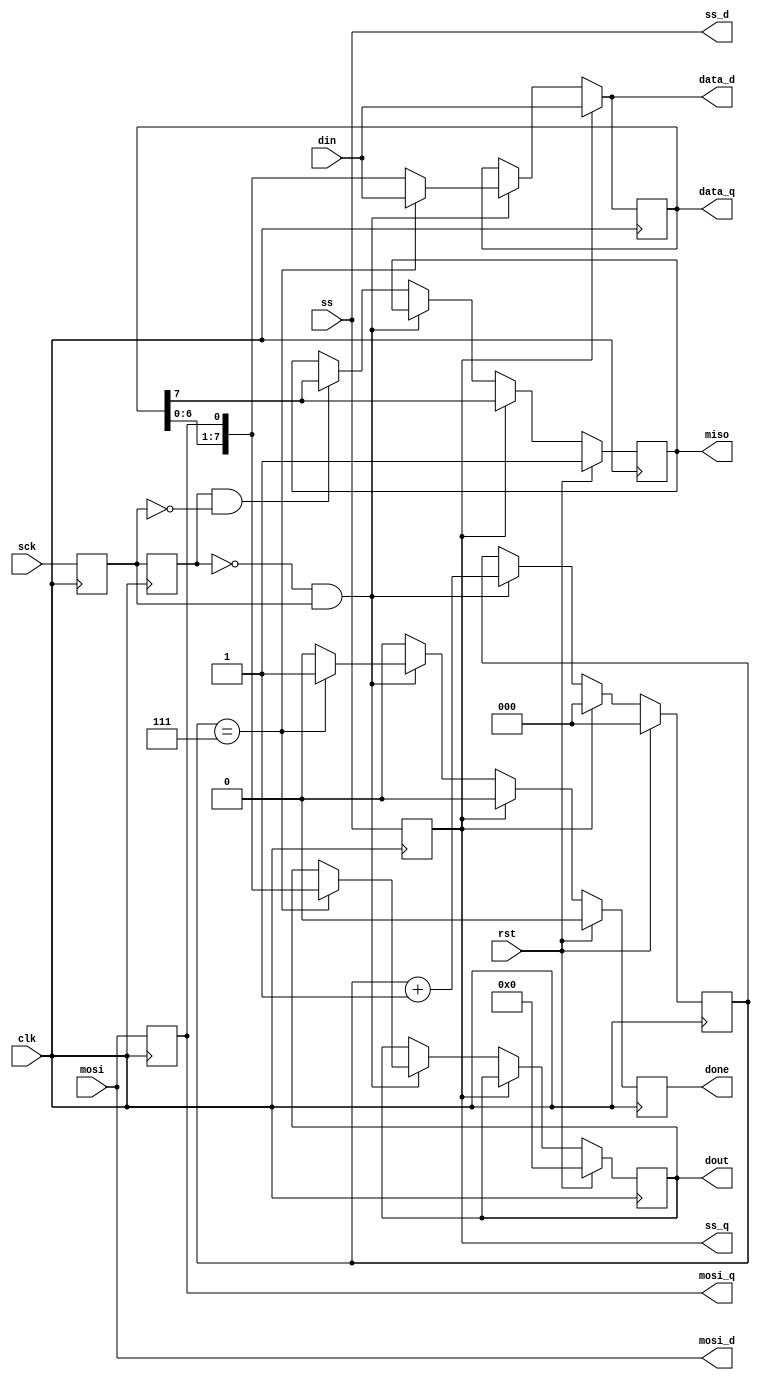
// data in gets stored in dout after 8 bits get passed through mosi

module spiSlave(
    input clk,
    input rst,
    input ss,
    input mosi,
    output miso,
    input sck,
    output done,
    input [7:0] din,
    output [7:0] dout,
    output reg mosi_d, mosi_q,
    output reg [7:0] data_d, data_q,
    output reg ss_d, ss_q
    );

reg sck_d, sck_q;
reg sck_old_d, sck_old_q;

reg done_d, done_q;
reg [2:0] bit_ct_d, bit_ct_q;
reg [7:0] dout_d, dout_q;
reg miso_d, miso_q;

assign miso = miso_q;
assign done = done_q;
assign dout = dout_q;

always @(*) begin
    ss_d = ss;
    mosi_d = mosi;
    miso_d = miso_q;
    sck_d = sck;
    sck_old_d = sck_q;
    data_d = data_q;
    done_d = 1'b0;
    bit_ct_d = bit_ct_q;
    dout_d = dout_q;

    if (ss_q) begin                             //if slave select is high (deselected)
        bit_ct_d = 3'b0;                        // reset bit counter
        data_d = din;                           //read in data
        miso_d = data_q[7];                     //output MSB
    end else begin                              //else slave select is low (selected)
        if (!sck_old_q && sck_q) begin          // rising edge
            data_d = {data_q[6:0], mosi_q};     //read data in and shift
            bit_ct_d = bit_ct_q + 1'b1;         //increment the bit counter
            if (bit_ct_q == 3'b111) begin       //if we are the last bit
                dout_d = {data_q[6:0], mosi_q}; //output the byte
                done_d = 1'b1;                  //set transfer done flag
                data_d = din;                   //read in new byte
            end
        end else if (sck_old_q && !sck_q) begin // falling edge
            miso_d = data_q[7];                 // output MSB
        end
    end
end

always @(posedge clk) begin
    if (rst) begin
        done_q <= 1'b0;
        bit_ct_q <= 3'b0;
        dout_q <= 8'b0;
        miso_q <= 1'b1;
    end else begin
        done_q <= done_d;
        bit_ct_q <= bit_ct_d;
        dout_q <= dout_d;
        miso_q <= miso_d;
    end
    sck_q <= sck_d;
    mosi_q <= mosi_d;
    ss_q <= ss_d;
    data_q <= data_d;
    sck_old_q <= sck_old_d;

end


endmodule